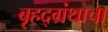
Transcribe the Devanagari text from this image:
बृहद्ग्रंथाचा